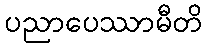
ပညာပေဿာမီတိ